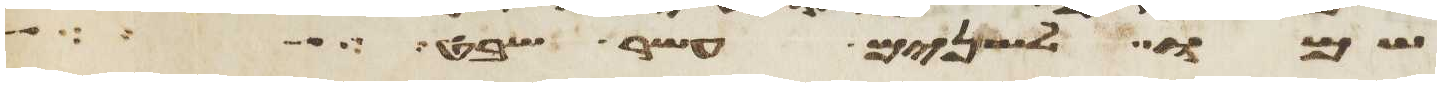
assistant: שמו לשנים עשר שבט